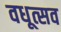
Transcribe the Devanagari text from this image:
वधूत्सव